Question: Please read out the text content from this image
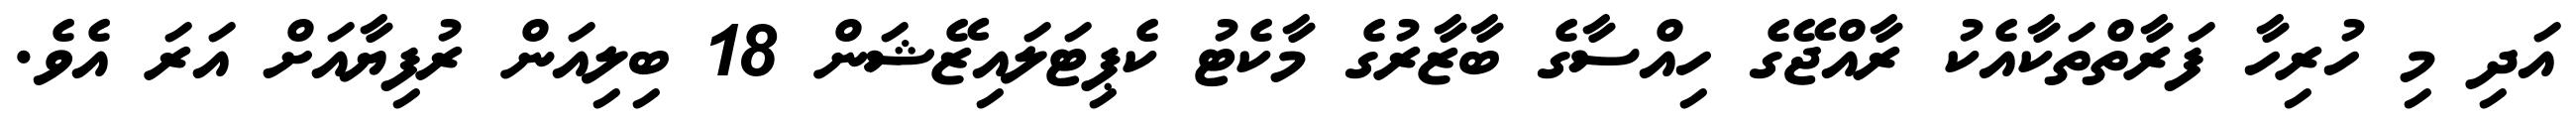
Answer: އަދި މި ހުރިހާ ފަރާތްތަކާއެކު ރާއްޖޭގެ ހިއްސާގެ ބާޒާރުގެ މާކެޓު ކެޕިޓަލައިޒޭޝަން 18 ބިލިއަން ރުފިޔާއަށް އަރަ އެވެ.